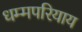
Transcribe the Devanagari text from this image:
धम्मपरियाय